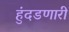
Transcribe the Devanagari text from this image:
हुंदडणारी